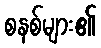
စနစ်များ၏